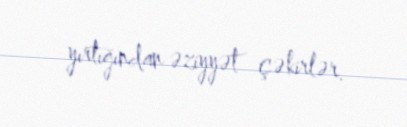
yırtığından əziyyət çəkirlər.